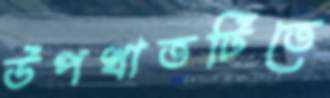
উপখাতটিতে